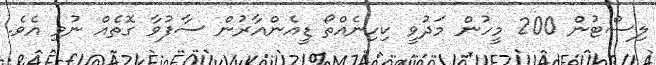
ލިސްޓުން 200 މީހުން މަދުވީ ކިހިނެއްތޯ ޑީއެންއާރުން ސާފުވާ ގޮތެއް ނުވި އެވެ.